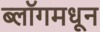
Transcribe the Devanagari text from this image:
ब्लॉगमधून